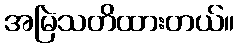
အမြဲသတိထားတယ်။